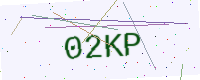
Text: 02KP